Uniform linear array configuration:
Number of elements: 48
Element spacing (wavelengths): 1
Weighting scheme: exponential
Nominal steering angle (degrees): -30
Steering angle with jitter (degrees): -28.495
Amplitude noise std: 0.05
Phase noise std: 0.05

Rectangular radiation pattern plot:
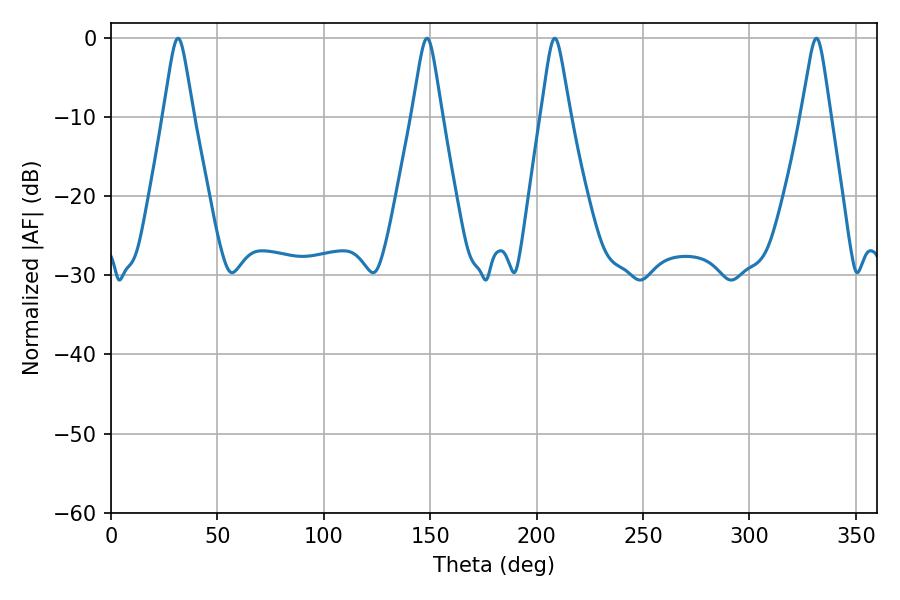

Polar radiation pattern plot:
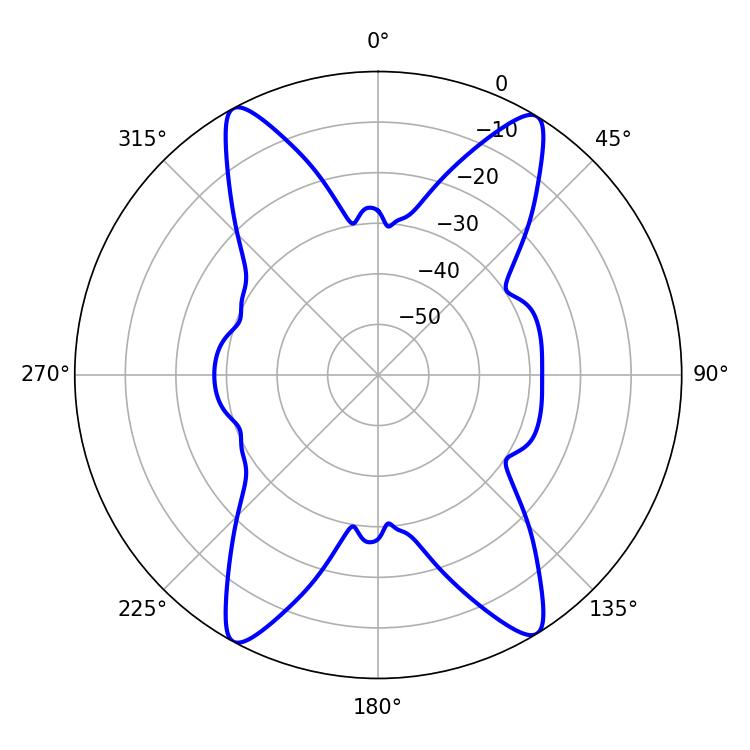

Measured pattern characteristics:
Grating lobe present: TRUE
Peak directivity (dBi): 21.042
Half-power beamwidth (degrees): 6.66
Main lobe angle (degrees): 148.5